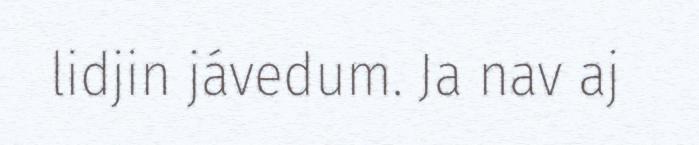
lidjin jávedum. Ja nav aj